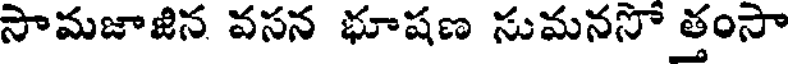
సామజాజిన వసన భూషణ సుమనసో త్తంసా